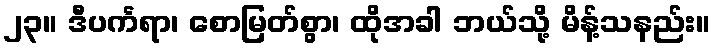
၂၃။ ဒီပင်္ကရာ၊ စောမြတ်စွာ၊ ထိုအခါ ဘယ်သို့ မိန့်သနည်း။